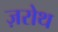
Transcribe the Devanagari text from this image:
ज़रोथ